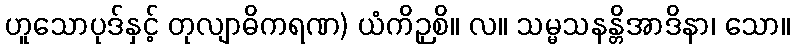
ဟူသောပုဒ်နှင့် တုလျာဓိကရဏ) ယံကိဉှစိ။ လ။ သမ္မသနန္တိအာဒိနာ၊ သော။